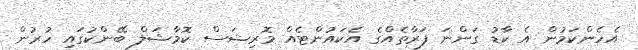
އެހެންކަމުން އެ ކާޑު ގަންނަ ފަރާތެއްގެ އެކައުންޓެއް މޮރިޝަސް ކޮމާޝަލް ބޭންކުގައި ހުރުން